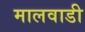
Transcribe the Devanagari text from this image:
मालवाडी